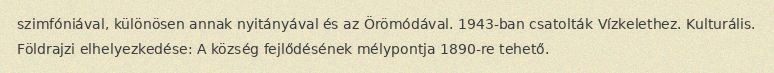
szimfóniával, különösen annak nyitányával és az Örömódával. 1943-ban csatolták Vízkelethez. Kulturális. Földrajzi elhelyezkedése: A község fejlődésének mélypontja 1890-re tehető.